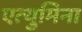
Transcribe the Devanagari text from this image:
एत्‍युमिना